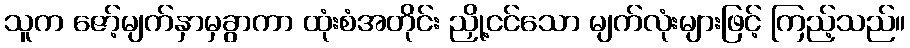
သူက ဇော့်မျက်နှာမှခွာကာ ထုံးစံအတိုင်း ညှို့ငင်သော မျက်လုံးများဖြင့် ကြည့်သည်။